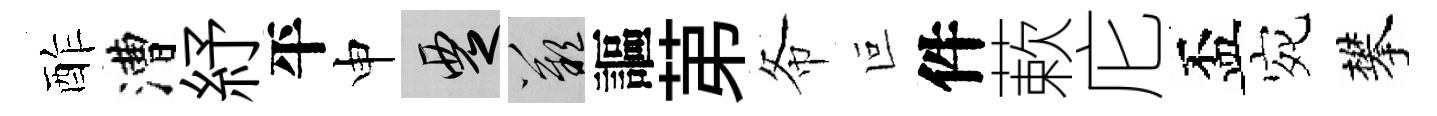
酢漕紓平申覂嘆謳苐𢁙叵件蔌庀盃宛攀